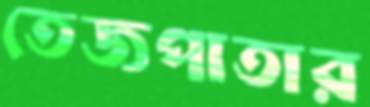
তেজপাতার